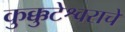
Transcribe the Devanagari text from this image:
कुक्कुटेश्वराचे